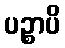
ပဉ္စာပိ